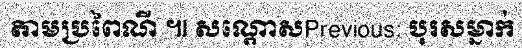
តាមប្រពៃណី ៕ សណ្តោសPrevious: បុរសម្នាក់